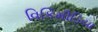
વિકિમીડિયા